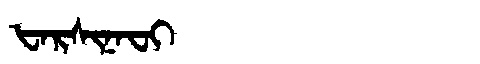
Manchu: ᡶᠠᡵᠰᡳᠨᠠᠸᡳ
Romanization: FARSINAFI